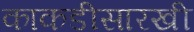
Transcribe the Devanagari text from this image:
काकडीसारखी